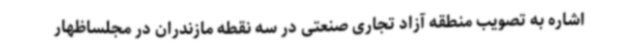
اشاره به تصویب منطقه آزاد تجاری صنعتی در سه نقطه مازندران در مجلساظهار